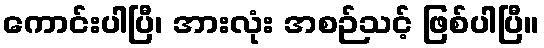
ကောင်းပါပြီ၊ အားလုံး အစဉ်သင့် ဖြစ်ပါပြီ။